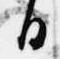
日